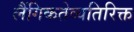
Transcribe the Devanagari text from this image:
लैंगिकतेव्यतिरिक्त